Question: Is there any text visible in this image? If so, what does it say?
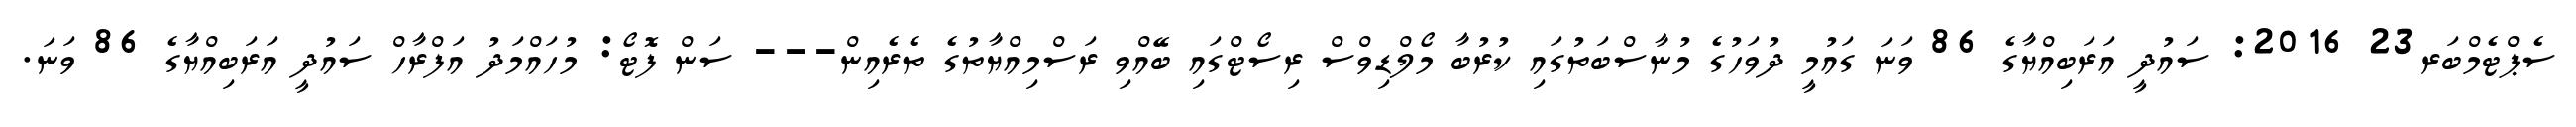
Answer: ސެޕްޓެމްބަރ23 2016: ސައުދީ އަރަބިއްޔާގެ 86 ވަނަ ގައުމީ ދުވަހުގެ މުނާސްބަތުގައި ކުރުބާ މޯލްޑިވްސް ރިސޯޓްގައި ބޭއްވި ރަސްމިއްޔާތުގެ ތެރެއިން--- ސަން ފޮޓޯ: މުހައްމަދު އަފްރާހް ސައުދީ އަރަބިއްޔާގެ 86 ވަނަ.